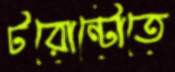
টরোন্টোতে